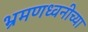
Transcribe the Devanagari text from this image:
भ्रमणध्वनीच्या